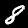
Label: 8